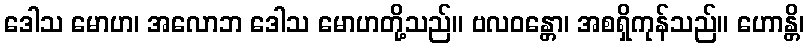
ဒေါသ မောဟ၊ အလောဘ ဒေါသ မောဟတို့သည်။ ဗလဝန္တော၊ အစရှိကုန်သည်။ ဟောန္တိ၊